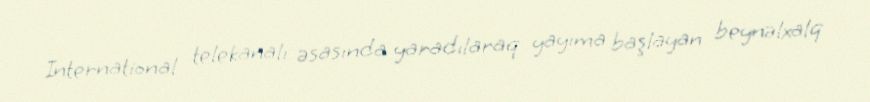
International telekanalı əsasında yaradılaraq yayıma başlayan beynəlxalq